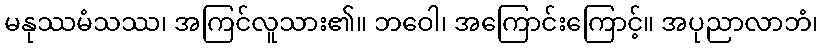
မနုဿမံသဿ၊ အကြင်လူသား၏။ ဘဝေါ၊ အကြောင်းကြောင့်။ အပုညာလာဘံ၊